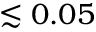
\lesssim 0 . 0 5